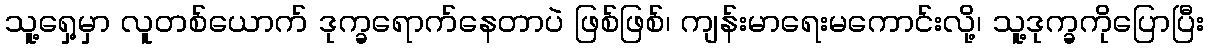
သူ့ရှေ့မှာ လူတစ်ယောက် ဒုက္ခရောက်နေတာပဲ ဖြစ်ဖြစ်၊ ကျန်းမာရေးမကောင်းလို့၊ သူ့ဒုက္ခကိုပြောပြီး